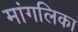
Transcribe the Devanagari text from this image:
मांगलिका